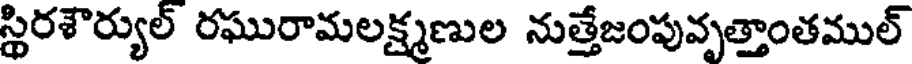
స్థిరశౌర్యుల్ రఘురామలక్ష్మణుల నుత్తేజంపువృత్తాంతముల్